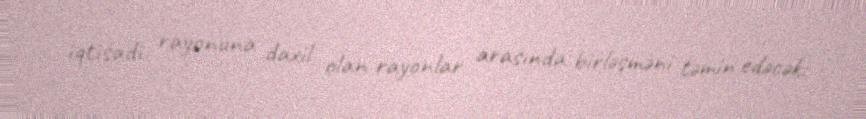
iqtisadi rayonuna daxil olan rayonlar arasında birləşməni təmin edəcək: